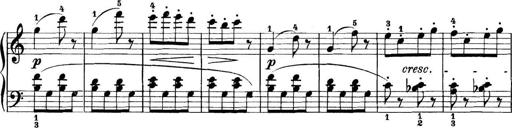
Title: 11 Sonatinas
Composer: Anton Diabelli